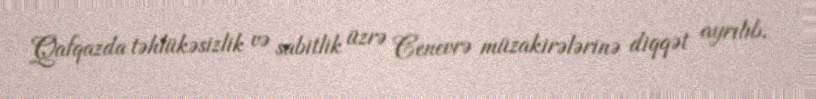
Qafqazda təhlükəsizlik və sabitlik üzrə Cenevrə müzakirələrinə diqqət ayrılıb.